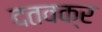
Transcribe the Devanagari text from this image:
दतवक्र